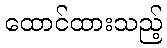
ထောင်ထားသည့်